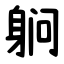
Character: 䠺